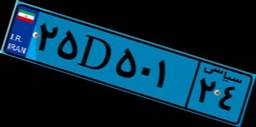
۹۲D۴۵۱۸۴